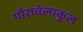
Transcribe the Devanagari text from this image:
पौरावेलाकुल